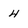
Character: 4